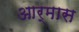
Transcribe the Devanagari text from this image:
आर्मास